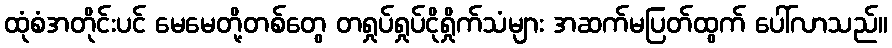
ထုံစံအတိုင်းပင် မေမေတို့တစ်တွေ တရှုပ်ရှုပ်ငိုရှိုက်သံများ အဆက်မပြတ်ထွက် ပေါ်လာသည်။